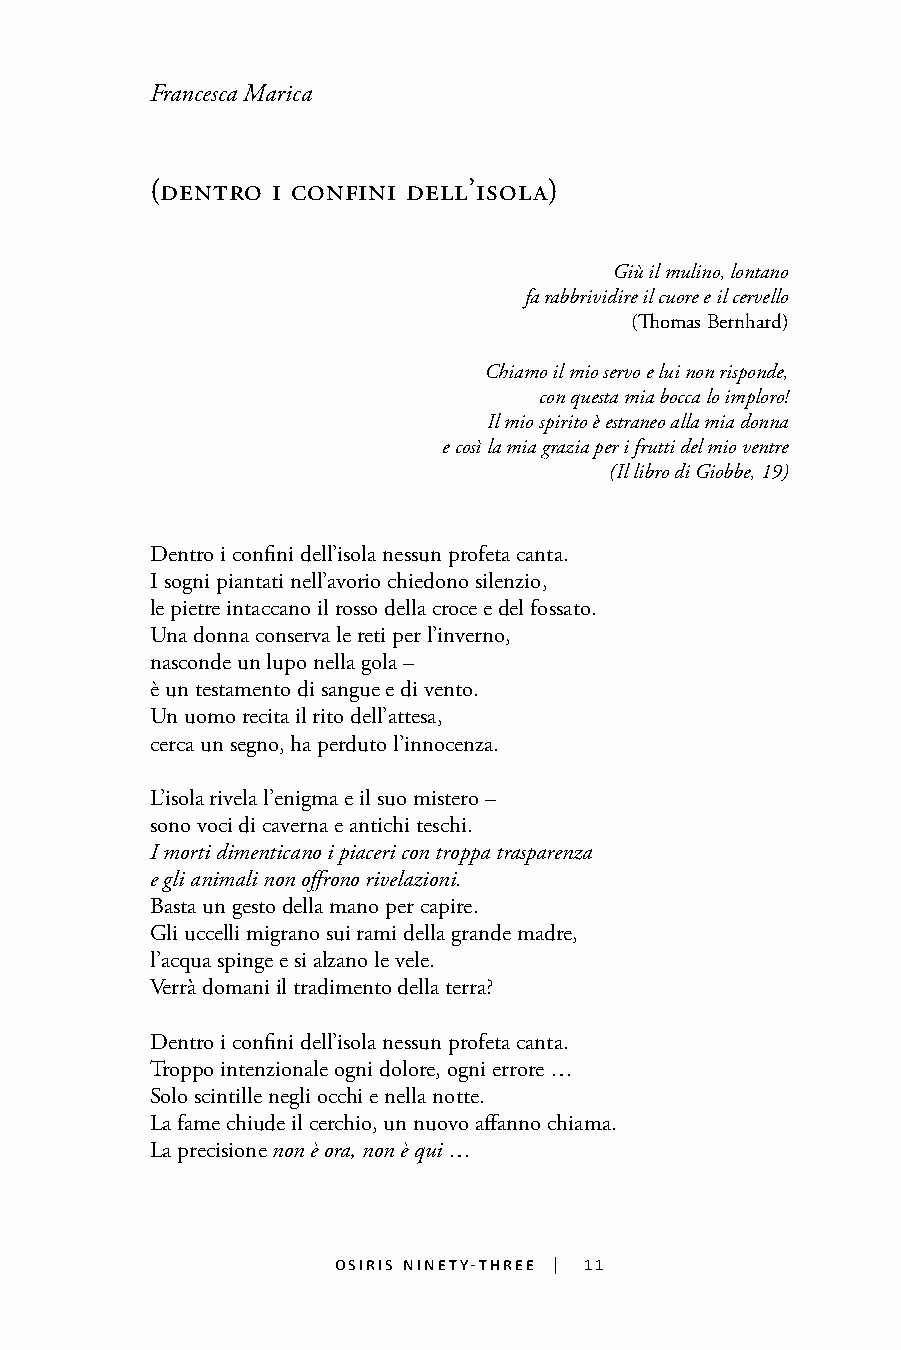
Francesca Marica
 (dentro i confini dell’isola)
 Giù il mulino, lontano
 fa rabbrividire il cuore e il cervello
 (Thomas Bernhard)
 Chiamo il mio servo e lui non risponde,
 con questa mia bocca lo imploro!
 Il mio spirito è estraneo alla mia donna
 e così la mia grazia per i frutti del mio ventre
 (Il libro di Giobbe, 19)
 Dentro i confini dell’isola nessun profeta canta.
 I sogni piantati nell’avorio chiedono silenzio,
 le pietre intaccano il rosso della croce e del fossato.
 11
 Una donna conserva le reti per l’inverno,
 nasconde un lupo nella gola –
 è un testamento di sangue e di vento.
 Un uomo recita il rito dell’attesa,
 cerca un segno, ha perduto l’innocenza.
 L’isola rivela l’enigma e il suo mistero –
 sono voci di caverna e antichi teschi.
 I morti dimenticano i piaceri con troppa trasparenza
 e gli animali non offrono rivelazioni.
 Basta un gesto della mano per capire.
 Gli uccelli migrano sui rami della grande madre,
 l’acqua spinge e si alzano le vele.
 Verrà domani il tradimento della terra?
 Dentro i confini dell’isola nessun profeta canta.
 Troppo intenzionale ogni dolore, ogni errore …
 Solo scintille negli occhi e nella notte.
 La fame chiude il cerchio, un nuovo affanno chiama.
 La precisione non è ora, non è qui …
 osiris ninety-three | 11